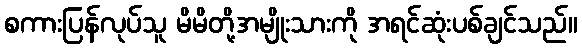
စကားပြန်လုပ်သူ မိမိတို့အမျိုးသားကို အရင်ဆုံးပစ်ချင်သည်။